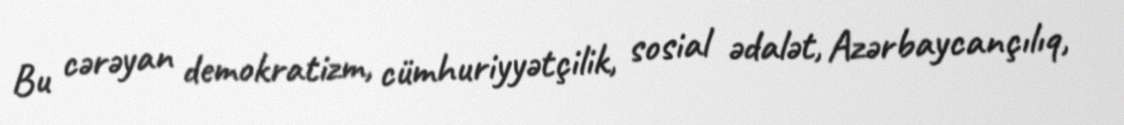
Bu cərəyan demokratizm, cümhuriyyətçilik, sosial ədalət, Azərbaycançılıq,